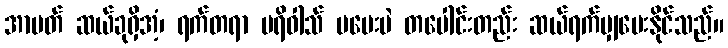
အာပတ် ဆယ်ခုရှိအံ့၊ ရက်တရာ ပရိဝါသ် မပေးပဲ တပေါင်းတည်း ဆယ်ရက်မျှပေးနိုင်သည်။